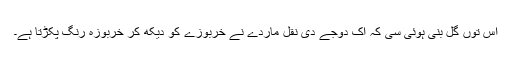
اس توں گل بنی ہوئی سی کہ اک دُوجے دی نقل ماردے نے خربوزے کو دیکھ کر خربوزہ رنگ پکڑتا ہے۔